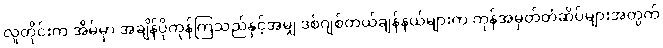
လူတိုင်းက အိမ်မှာ အချိန်ပိုကုန်ကြသည်နှင့်အမျှ ဒစ်ဂျစ်တယ်ချန်နယ်များက ကုန်အမှတ်တံဆိပ်များအတွက်